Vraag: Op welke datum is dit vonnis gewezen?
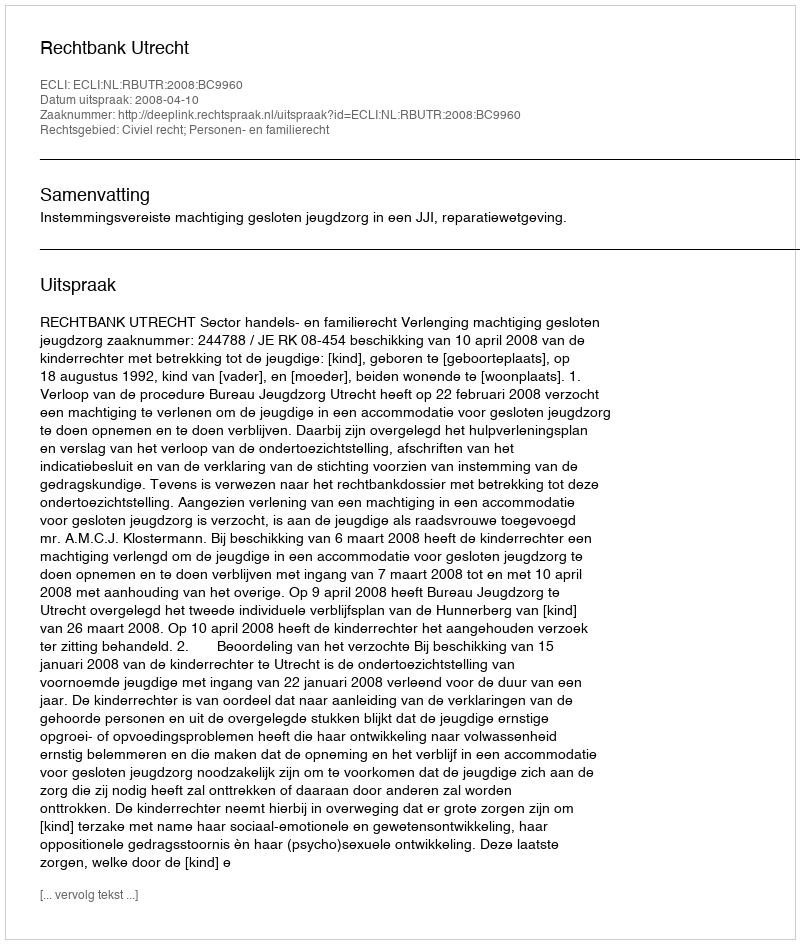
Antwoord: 2008-04-10